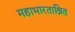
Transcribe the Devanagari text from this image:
महाभारताश्रित